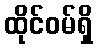
ထိုင်ဝမ်ရှိ